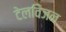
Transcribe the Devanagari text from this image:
टेलविजन